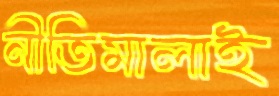
নীতিমালাই